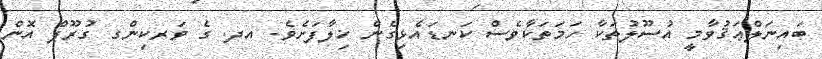
ބައިނަލްޢަޤުވާމީ އުސޫލުތަކާ ހަމަތަކާވެސް ކަނޑައެޅިގެން ޚިލާފަށެވެ. އދ. ގެ ވަރކިންގ ގުރޫޕް އޮން